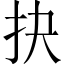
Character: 抉